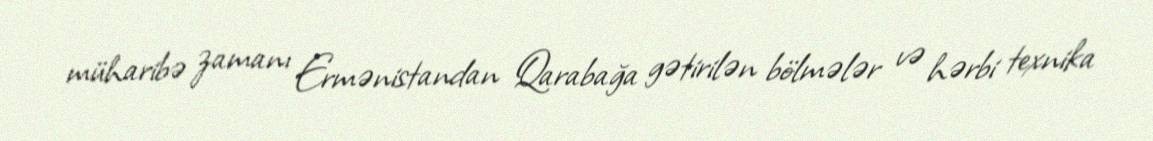
müharibə zamanı Ermənistandan Qarabağa gətirilən bölmələr və hərbi texnika